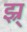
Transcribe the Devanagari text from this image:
झ्र्